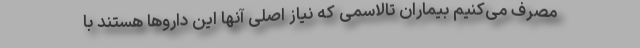
مصرف می‌کنیم بیماران تالاسمی که نیاز اصلی آنها این داروها هستند با